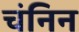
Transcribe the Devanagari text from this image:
चंनिन